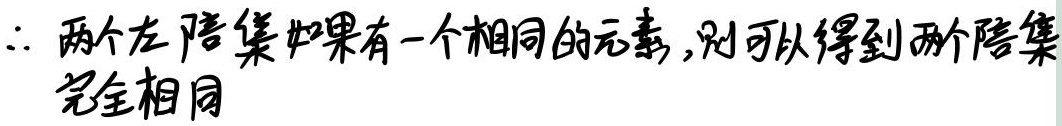
$\therefore$ 两个左陪集如果有一个相同的元素,则可以得到两个陪集完全相同